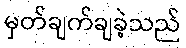
မှတ်ချက်ချခဲ့သည်